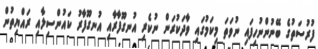
ފުރުސަތުގެ ބޭނުންނުހިފައި ނުވަތަ މިކަމުގައި ވާދަކުރަން ނުކެރި އުނގޫފާރާއި އުނގޫފާރު ކައުންސިލާއި ރައްޔިތުން